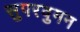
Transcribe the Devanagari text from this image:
सुपरवुमन